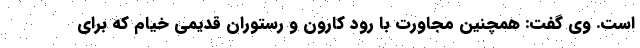
است. وی گفت: همچنین مجاورت با رود کارون و رستوران قدیمی خیام که برای